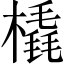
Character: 橇